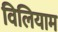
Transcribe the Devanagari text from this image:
विलियाम